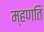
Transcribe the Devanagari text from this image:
म्हणति